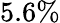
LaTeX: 5.6\%